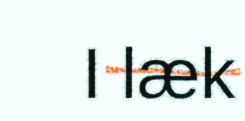
I læk